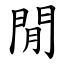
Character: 閒